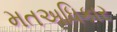
મતઅધિકાર